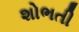
શોભતી